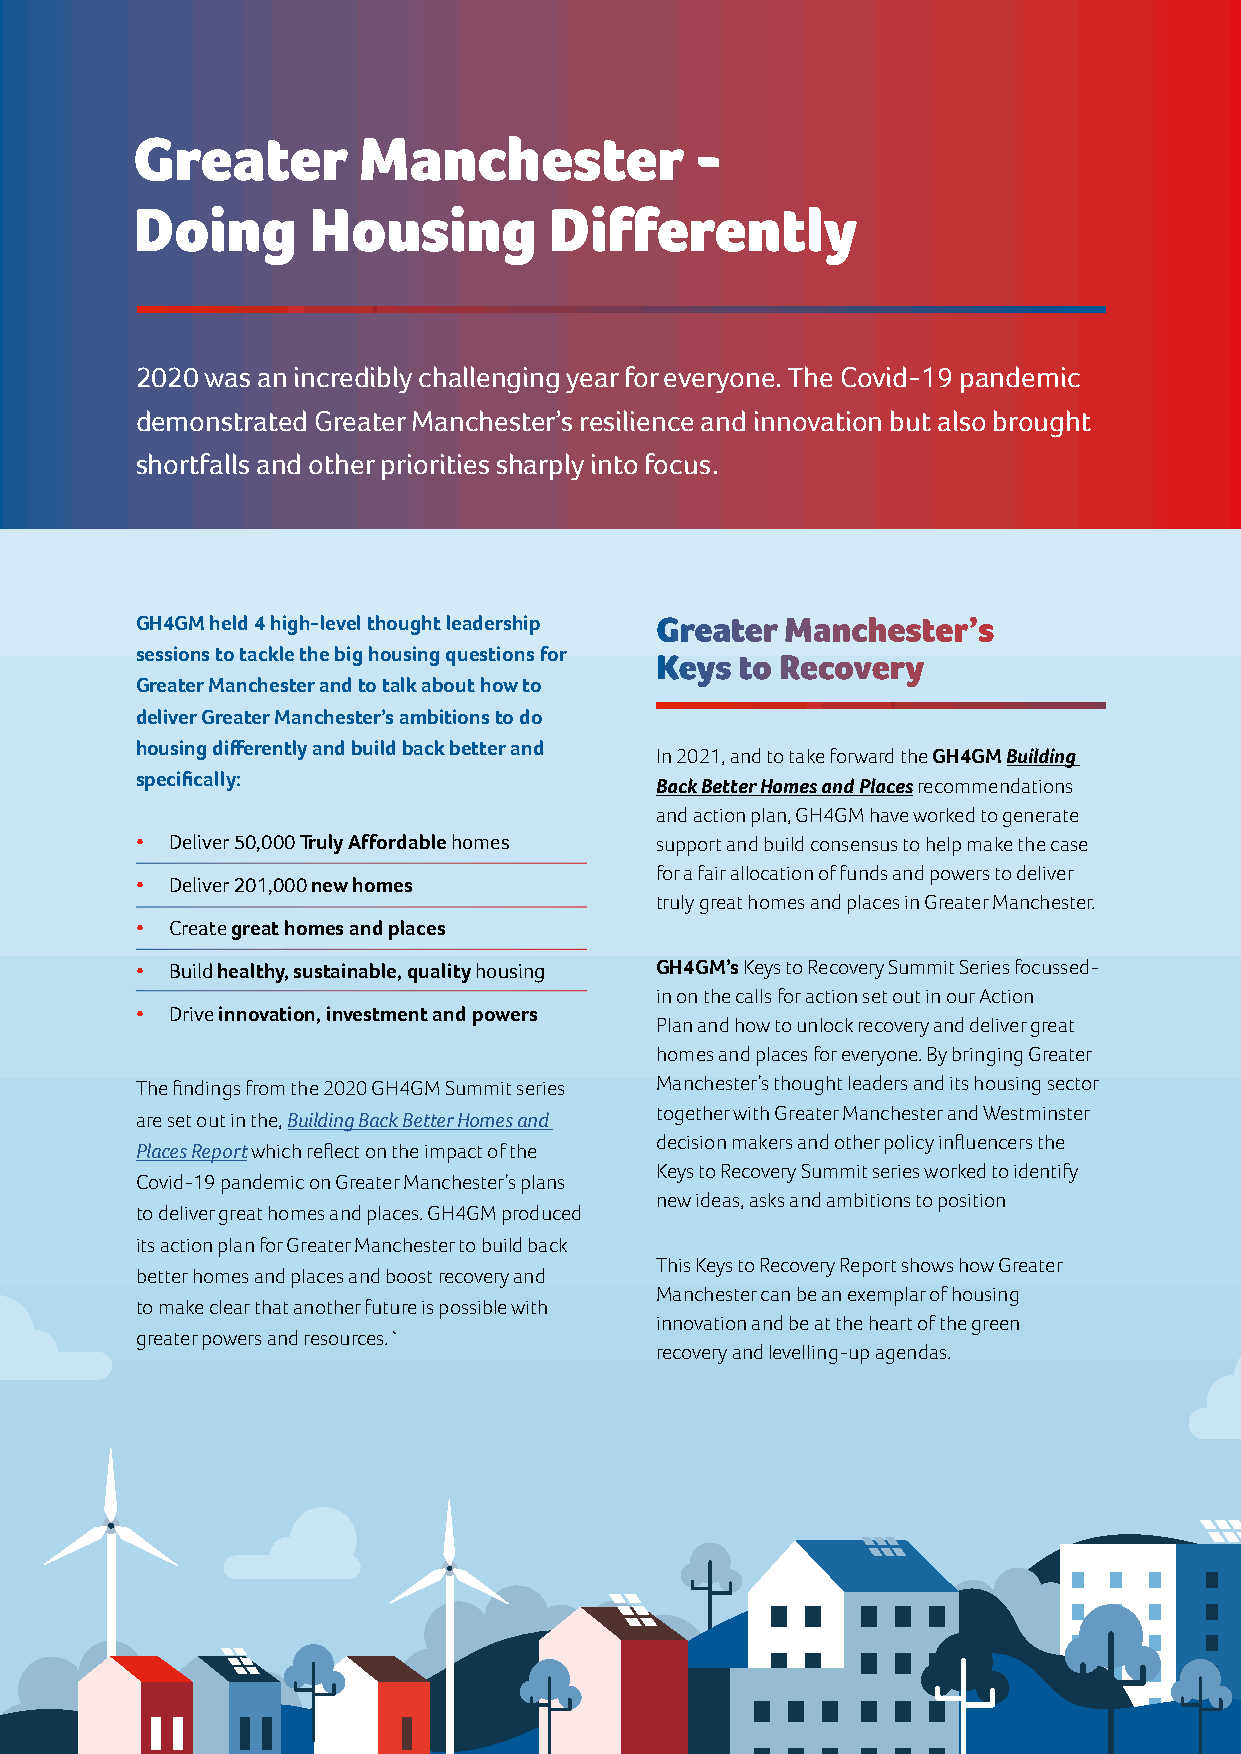
Greater        Manchester            -
 Doing      Housing         Differently
 2020 was an incredibly challenging year for everyone. The Covid-19 pandemic
 demonstrated Greater Manchester’s resilience and innovation but also brought
 shortfalls and other priorities sharply into focus.
 GH4GM held 4 high-level thought leadership Greater Manchester’s
 sessions to tackle the big housing questions for
 Keys  to Recovery
 Greater Manchester and to talk about how to
 deliver Greater Manchester’s ambitions to do
 housing differently and build back better and
 In 2021, and to take forward the GH4GM Building
 specifically:
 Back Better Homes and Places recommendations
 and action plan, GH4GM have worked to generate
 • Deliver 50,000 Truly Affordable homes support and build consensus to help make the case
 for a fair allocation of funds and powers to deliver
 • Deliver 201,000 new homes
 truly great homes and places in Greater Manchester.
 • Create great homes and places
 • Build healthy, sustainable, quality housing GH4GM’s Keys to Recovery Summit Series focussed-
 in on the calls for action set out in our Action
 • Drive innovation, investment and powers
 Plan and how to unlock recovery and deliver great
 homes and places for everyone. By bringing Greater
 The findings from the 2020 GH4GM Summit series Manchester’s thought leaders and its housing sector
 are set out in the, Building Back Better Homes and together with Greater Manchester and Westminster
 decision makers and other policy influencers the
 Places Report which reflect on the impact of the
 Keys to Recovery Summit series worked to identify
 Covid-19 pandemic on Greater Manchester’s plans
 new ideas, asks and ambitions to position
 to deliver great homes and places. GH4GM produced
 its action plan for Greater Manchester to build back
 This Keys to Recovery Report shows how Greater
 better homes and places and boost recovery and
 Manchester can be an exemplar of housing
 to make clear that another future is possible with
 innovation and be at the heart of the green
 greater powers and resources.`
 recovery and levelling-up agendas.